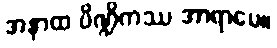
အနာထ ပိဏ္ဍိကဿ အာရာမေ။